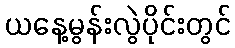
ယနေ့မွန်းလွဲပိုင်းတွင်